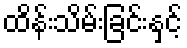
ထိန်းသိမ်းခြင်းနှင့်